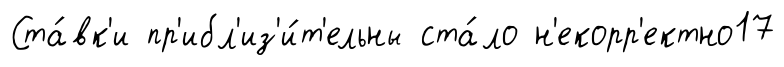
Ста́вк'и пр'ибл'из'и́т'ельны ста́ло н'екорр'ектно17